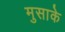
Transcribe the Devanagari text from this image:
मुसाके